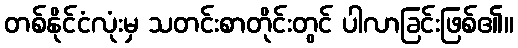
တစ်နိုင်ငံလုံးမှ သတင်းစာတိုင်းတွင် ပါလာခြင်းဖြစ်၏။